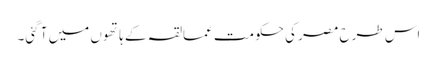
اس طرح مصر کی حکومت عمالقہ کے ہاتھوں میں آ گئی۔